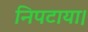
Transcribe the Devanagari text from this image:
निपटाया।